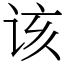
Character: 该